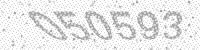
Solution: 050593